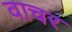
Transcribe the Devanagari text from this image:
वाचर